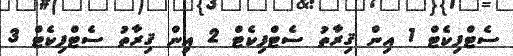
ސެޓްފިކެޓް 1 އިން ޤިރާތު ސެޓްފިކެޓް 2 އިން ޤިރާތު ސެޓްފިކެޓް 3